Scottish Leaving Certificate Examination, 1957
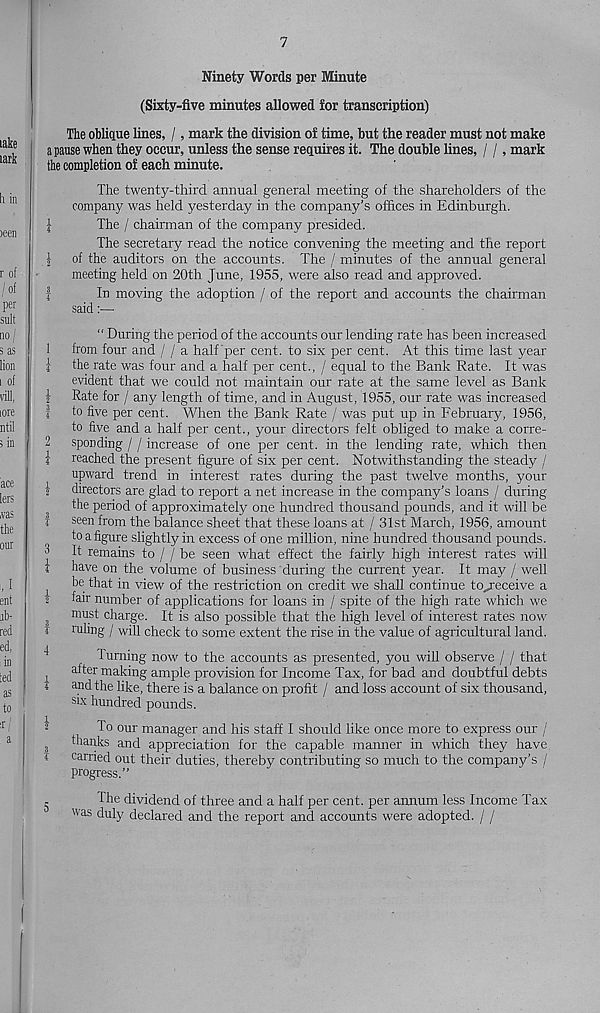
7
Ninety Words per Minute
(Sixty-five minutes allowed for transcription)
The oblique lines, /, mark the division of time, but the reader must not make
a pause when they occur, unless the sense requires it. The double lines, / /, mark
the completion of each minute.
The twenty-third annual general meeting of the shareholders of the
company was held yesterday in the company’s offices in Edinburgh.
I
The / chairman of the company presided.
The secretary read the notice convening the meeting and the report
| of the auditors on the accounts. The / minutes of the annual general
meeting held on 20th June, 1955, were also read and approved.
|
In moving the adoption / of the report and accounts the chairman
said :•—
“ During the period of the accounts our lending rate has been increased
1 from four and / / a half per cent, to six per cent. At this time last year
| the rate was four and a half per cent., / equal to the Bank Rate. It was
evident that we could not maintain our rate at the same level as Bank
| Rate for / any length of time, and in August, 1955, our rate was increased
| to five per cent. When the Bank Rate / was put up in Februarjq 1956,
to five and a half per cent., your directors felt obliged to make a corre-
2 spending / / increase of one per cent, in the lending rate, which then
i reached the present figure of six per cent. Notwithstanding the steady /
upward trend in interest rates during the past twelve months, your
I directors are glad to report a net increase in the company’s loans / during
the period of approximately one hundred thousand pounds, and it will be
1 seen from the balance sheet that these loans at / 31st March, 1956, amount
to a figure slightly in excess of one million, nine hundred thousand pounds.
2 It remains to / / be seen what effect the fairly high interest rates will
4 have on the volume of business during the current year. It may / well
be that in view of the restriction on credit we shall continue to^eceive a
2
number of applications for loans in / spite of the high rate which we
3
fflnst charge. It is also possible that the high level of interest rates now
f ruling / will check to some extent the rise in the value of agricultural land.
Turning now to the accounts as presented, you will observe / / that
j after making ample provision for Income Tax, for bad and doubtful debts
1 and the like, there is a balance on profit / and loss account of six thousand,
six hundred pounds.
2
lo our manager and his staff I should like once more to express our /
3
thanks and appreciation for the capable manner in which they have
I earned out their duties, thereby contributing so much to the company’s /
progress.”
„
Ihe dividend of three and a half per cent, per annum less Income Tax
was duly declared and the report and accounts were adopted. / /